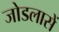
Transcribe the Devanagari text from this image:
जोडलासें